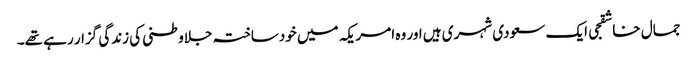
جمال خاشقجی ایک سعودی شہری ہیں اور وہ امریکہ میں خودساختہ جلاوطنی کی زندگی گزار رہے تھے۔